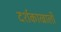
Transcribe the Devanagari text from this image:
दर्शकाखाली